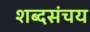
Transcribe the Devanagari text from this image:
शब्दसंचय